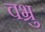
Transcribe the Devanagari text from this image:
वभ्रु